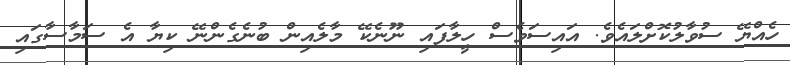
ހެއްޔޭ ސުވާލުކޮށްލައެވެ. އައިސަވެސް ހީލާފައި ނޫނެކޭ މާލެއިން ބުނެގެންނޭ ކިޔާ އެ ސަމާސާގައި